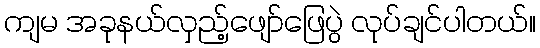
ကျမ အခုနယ်လှည့်ဖျော်ဖြေပွဲ လုပ်ချင်ပါတယ်။